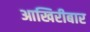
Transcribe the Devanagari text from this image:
आखिरीबार